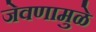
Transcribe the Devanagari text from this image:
जेवणामुळे